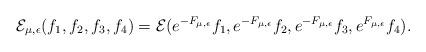
LaTeX: \begin{align*}{\mathcal E}_{\mu, \epsilon}(f_1,f_2,f_3,f_4) =\mathcal E(e^{-F_{\mu, \epsilon}}f_1,e^{-F_{\mu, \epsilon}}f_2,e^{-F_{\mu, \epsilon}}f_3,e^{F_{\mu, \epsilon}}f_4). \end{align*}